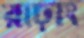
রাঢ়াং